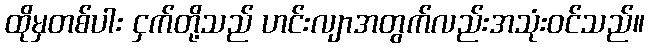
ထိုမှတစ်ပါး ငှက်တို့သည် ဟင်းလျာအတွက်လည်းအသုံးဝင်သည်။